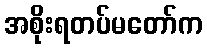
အစိုးရတပ်မတော်က